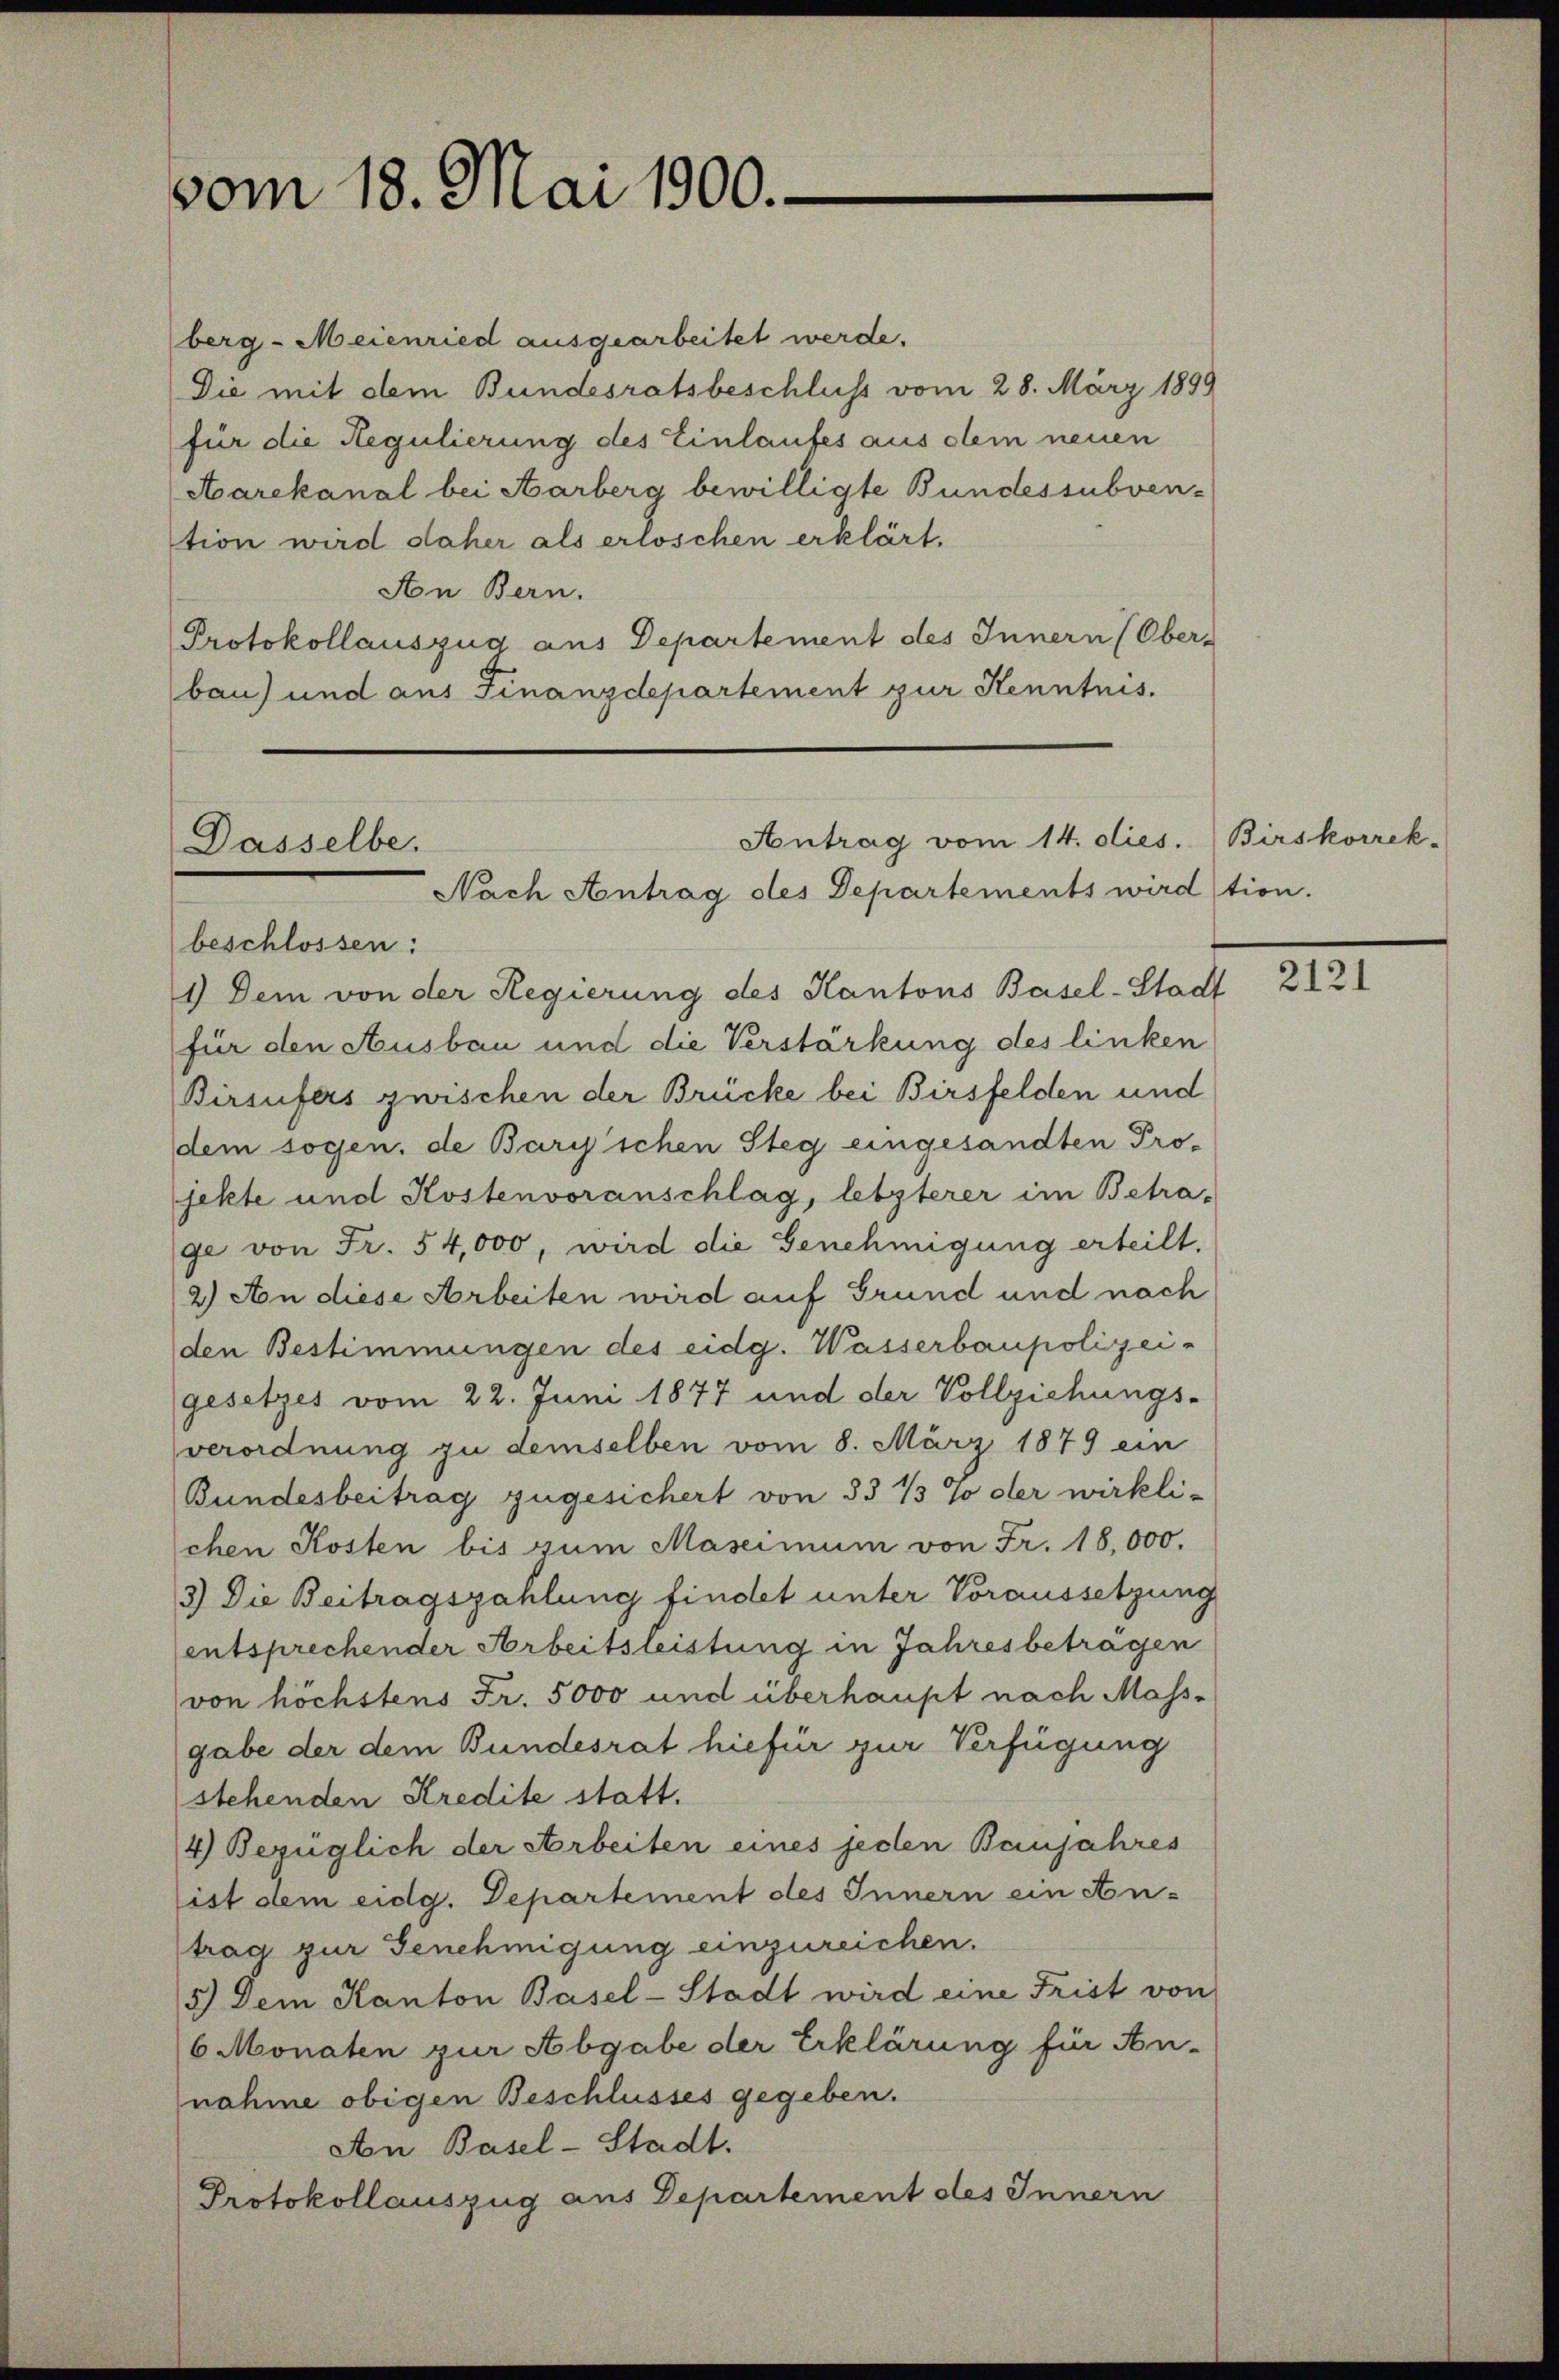
vom 18. Mai 1900.

berg-Meienried ausgearbeitet werde.
Die mit dem Bundesratsbeschluss vom 28. März 1899
für die Regulierung des Einlaufes aus dem neuen
Aarekanal bei Aarberg bewilligte Bundessubven-
tion wird daher als erloschen erklärt.
Aon Bern.
Protokollauszug aus Departement des Innern (Ober-
bau) und aus Finanzdepartement zur Kenntnis.

Antrag vom 14. dies.
Dasselbe.
Nach Antrag des Departements wirdtion.

beschlossen:
1) Dem von der Regierung des Kantons Basel-Stadt
für den Ausbau und die Verstärkung des linken
Birsufers zwischen der Brücke bei Birsfelden und
dem sogen, de Bary’schen Steg eingesandten Pro-
fekte und Kostenvoranschlag, letzterer im Betra-
ge von Fr. 54,000, wird die Genehmigung erteilt.
2) An diese Arbeiten wird auf Grund und nach
den Bestimmungen des eidg. Wasserbaupolizei-
gesetzes vom 22. Juni 1877 und der Vollziehungs-
verordnung zu demselben vom 8. März 1879 ein
Bundesbeitrag zugesichert von 33 ½ % der wirkli-
chen Kosten bis zum Maseimum von Fr. 18,000.
3) Die Beitragszahlung findet unter Voraussetzung
entsprechender Arbeitsleistung in Jahresbeträgen
von höchstens Fr. 5000 und überhaupt nach Mass-
gabe der dem Bundesrat hiefür zur Verfügung
stehenden Kredite statt.
4) Bezüglich der Arbeiten eines jeden Banjahres
ist dem eidg. Departement des Innern ein An-
trag zur Genehmigung einzureichen.
5.) Dem Kanton Basel-Stadt wird eine Frist von
6 Monaten zur Abgabe der Erklärung für An-
nahme obigen Beschlusses gegeben.
An Basel-Stadt.
Protokollauszug aus Departement des Innern

Birskorrek-

2121